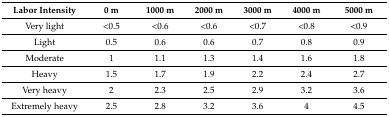
| Labor Intensity | 0 m | 1000 m | 2000 m | 3000 m | 4000 m | 5000 m |
 | --- | --- | --- | --- | --- | --- | --- |
 | Very light | <0.5 | <0.6 | <0.6 | <0.7 | <0.8 | <0.9 |
 | Light | 0.5 | 0.6 | 0.6 | 0.7 | 0.8 | 0.9 |
 | Moderate | 1 | 1.1 | 1.3 | 1.4 | 1.6 | 1.8 |
 | Heavy | 1.5 | 1.7 | 1.9 | 2.2 | 2.4 | 2.7 |
 | Very heavy | 2 | 2.3 | 2.5 | 2.9 | 3.2 | 3.6 |
 | Extremely heavy | 2.5 | 2.8 | 3.2 | 3.6 | 4 | 4.5 |